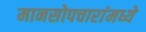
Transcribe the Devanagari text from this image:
मानसोपचारांमध्ये